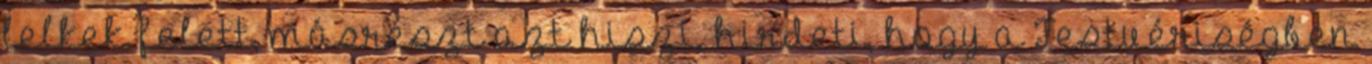
lelkek felett, másrészt azt hiszi, hirdeti, hogy a Testvériségben